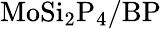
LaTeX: \mathrm{MoSi_{2}P_{4}/BP}